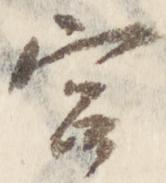
宮